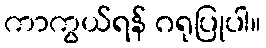
ကာကွယ်ရန် ဂရုပြုပါ။